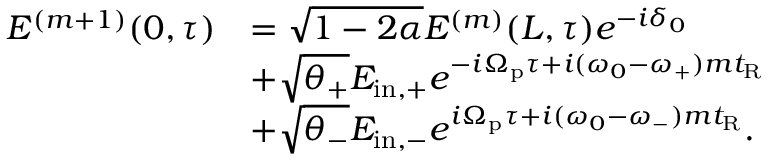
\begin{array} { r l } { E ^ { ( m + 1 ) } ( 0 , \tau ) } & { = \sqrt { 1 - 2 \alpha } E ^ { ( m ) } ( L , \tau ) e ^ { - i \delta _ { 0 } } } \\ & { + \sqrt { \theta _ { + } } E _ { \mathrm { i n , + } } e ^ { - i \Omega _ { \mathrm { p } } \tau + i ( \omega _ { 0 } - \omega _ { + } ) m t _ { \mathrm { R } } } } \\ & { + \sqrt { \theta _ { - } } E _ { \mathrm { i n , - } } e ^ { i \Omega _ { \mathrm { p } } \tau + i ( \omega _ { 0 } - \omega _ { - } ) m t _ { \mathrm { R } } } . } \end{array}